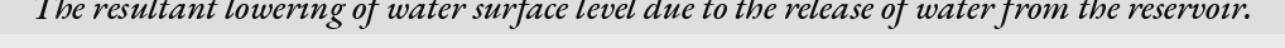
The resultant lowering of water surface level due to the release of water from the reservoir.